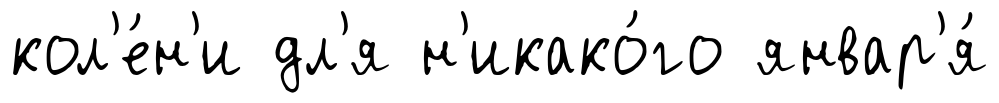
кол'е́н'и дл'я н'икако́го январ'я́